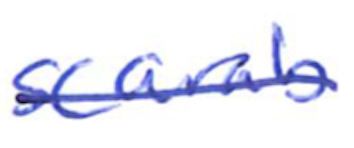
Text: scarab
Cross-out: single-line
Writing tool: ballpoint